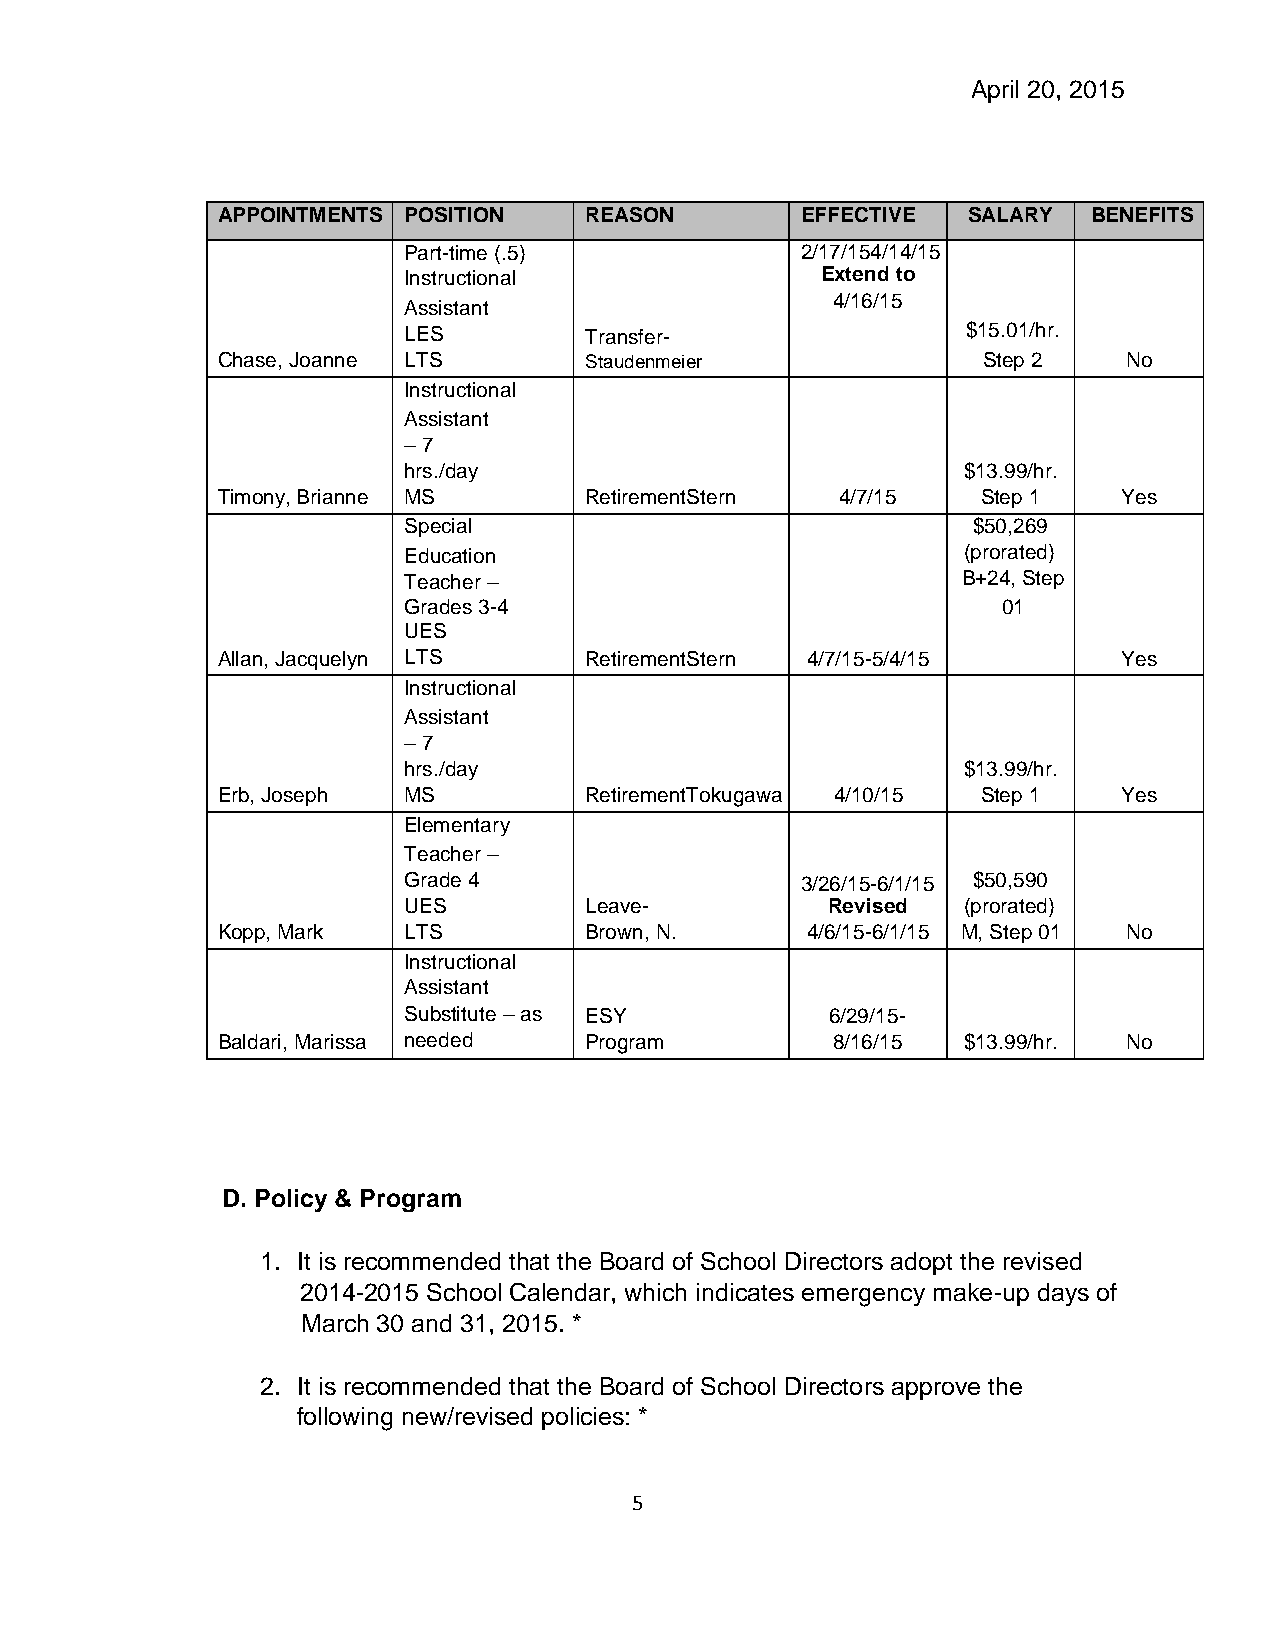
April 20, 2015
 APPOINTMENTS POSITION    REASON        EFFECTIVE  SALARY  BENEFITS
 Part-time (.5)            2/17/154/14/15
 Instructional              Extend to
 Assistant
 4/16/15
 LES         Transfer-                $15.01/hr.
 Chase, Joanne LTS        Staudenmeier              Step 2    No
 Instructional
 Assistant
 – 7
 hrs./day                             $13.99/hr.
 Timony, Brianne MS       RetirementStern  4/7/15   Step 1   Yes
 Special                              $50,269
 Education                            (prorated)
 Teacher –                            B+24, Step
 Grades 3-4                             01
 UES
 Allan, Jacquelyn LTS     RetirementStern 4/7/15-5/4/15      Yes
 Instructional
 Assistant
 – 7
 hrs./day                             $13.99/hr.
 Erb, Joseph  MS          RetirementTokugawa 4/10/15 Step 1  Yes
 Elementary
 Teacher –
 Grade 4                   3/26/15-6/1/15 $50,590
 UES         Leave-          Revised  (prorated)
 Kopp, Mark   LTS         Brown, N.     4/6/15-6/1/15 M, Step 01 No
 Instructional
 Assistant
 Substitute – as ESY         6/29/15-
 Baldari, Marissa needed  Program         8/16/15  $13.99/hr. No
 D. Policy & Program
 1. It is recommended that the Board of School Directors adopt the revised
 2014-2015 School Calendar, which indicates emergency make-up days of
 March 30 and 31, 2015. *
 2. It is recommended that the Board of School Directors approve the
 following new/revised policies: *
 5